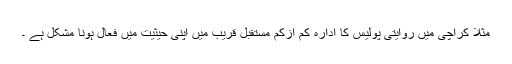
مثلا کراچی میں روایتی پولیس کا ادارہ کم ازکم مستقبل قریب میں اپنی حیثیت میں فعال ہونا مشکل ہے ۔